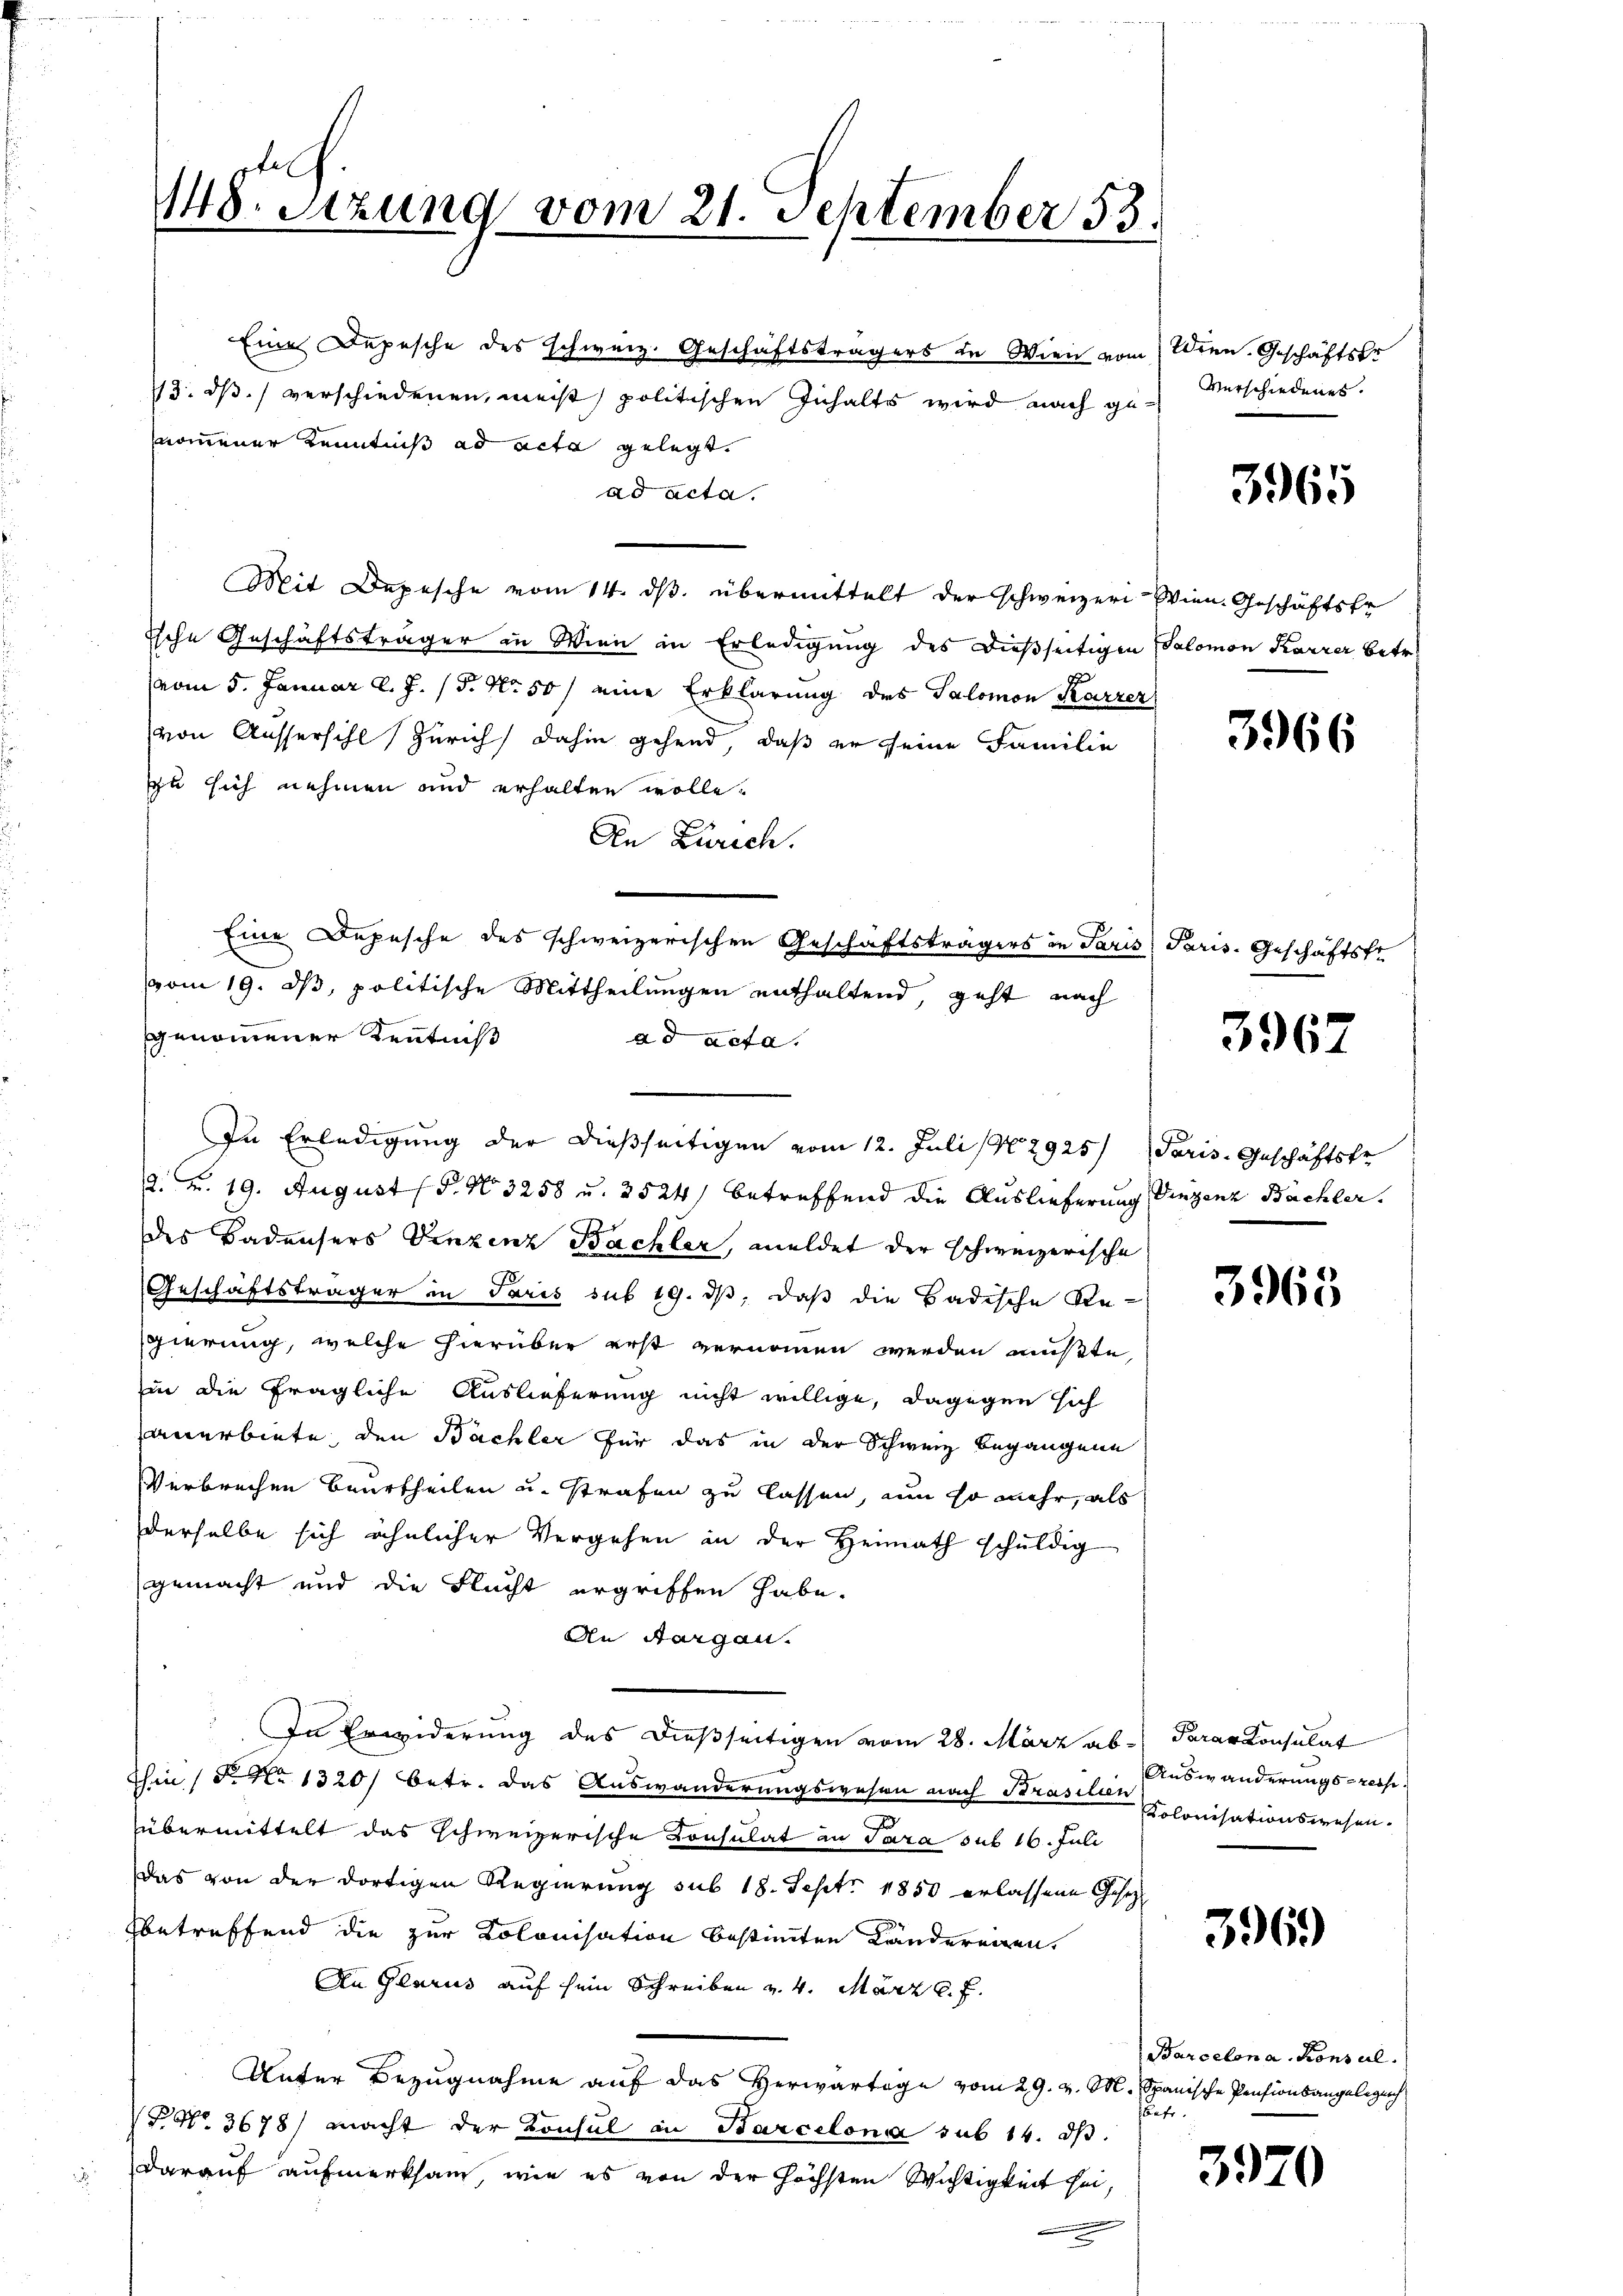
pfel
148. Stzung vom 21. September 53.

ad acta.
Mit Depesche vom 14. ds. übermittelt der schweizer Wien. Geschäftsfr
ische Geschäftsträger in Wien in Erledigung des dießseitigen Salomon Karrer betr.
vom 5. Januar d. J. 15. No. 50 / eine Erklärung des Salomon Karrer
von Aussersihl Zürich dahin gehend, daß er seine Familie
zu sich nehmen und erhalten wolle.
An Zürich.
Eine Depesche des schweizerischen Geschäftsträgers in Paris Paris. Geschäftsfr
vom 19. ds, politische Mittheilungen enthaltend, geht nach
genommener Kenntniß
ad acta.
2. v. 19. August (§. No. 3258 u. 2524) betreffend die Auslieferung Vinzenz Büchler.
des Badensers Vinzenz Bachler, meldet der schweizerische
Geschäftsträger in Paris sub 19. ds, daß die Badische Regierung, welche hierüber erst vernommen werden mußte,
in die fragliche Auslieferung nicht willige, dagegen sich
anerbiete, den Bächler für das in der Schweiz begangene
Verbrechen beurtheilen u. strafen zu lassen, nun so mehr, als
derselbe sich ähnlicher Vergehen in der Heimath schuldig
gemacht und die Flucht ergriffen habe.
An Aargau.
In Erwiderung des dießseitigen vom 28. März ab- Parer Konsulat
thin (S. Nr. 1320) betr. das Auswanderungswesen nach Brasilie Kolonisationswesen.
übermittelt das schweizerische Consulat an Sara sub 16. Juli
Das von der dortigen Regierung sub 18. Sept. 1850 erlassene Gesetzl
betreffend die zur Kolonisation bestimmten Länderegen.
An Glarus auf sein Schreiben v. 4. März l. f.
Unter Bezugnahme auf das Herwartage vom 29. v. M. Spanische Pensionsangelegung
P. Nr. 3678) macht der Konsul in Barcelona sub 14. ds.
darauf aufmerksam, wie es von der höchsten Wichtigkeit sei,
.

Eine Depesche des schweiz. Geschäftsträgers in Wien vom Wien. Geschäftsfr
13. ds. verschiedenen, meist politischen Inhalts wird nach genommener Kenntniß ad acta gelegt.

In Erledigung der dießseitigen vom 12. Juli 182925/

Verschiedenes.

3965

3966

3967

Paris. Geschäftstr

3965

Auswanderungs- resp.

3969

Barcelon a. Konsul
betr.

3970